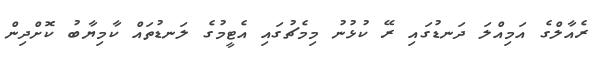
ރެއާލްގެ އަމިއްލަ ދަނޑުގައި ރޭ ކުޅުނު މިމެޗުގައި އެޓީމުގެ ލަނޑުތައް ކާމިޔާބު ކޮށްދިން